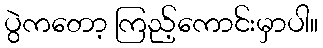
ပွဲကတော့ ကြည့်ကောင်းမှာပါ။